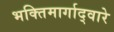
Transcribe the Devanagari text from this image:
भक्तिमार्गाद्वारे